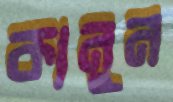
কানুন